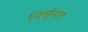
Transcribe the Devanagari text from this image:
निर्मूनल